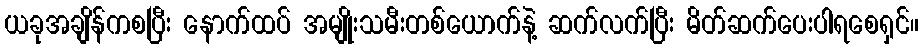
ယခုအချိန်ကစပြီး နောက်ထပ် အမျိုးသမီးတစ်ယောက်နဲ့ ဆက်လက်ပြီး မိတ်ဆက်ပေးပါရစေရှင်။